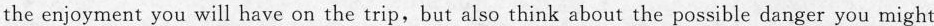
the enjoyment you will have on the trip,but also think about the possible danger you might